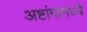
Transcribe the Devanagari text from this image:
अष्टांगामध्ये